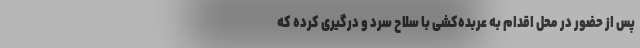
پس از حضور در محل اقدام به عربده‌کشی با سلاح سرد و درگیری کرده که